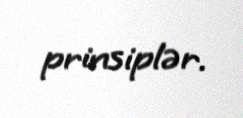
prinsiplər.